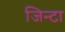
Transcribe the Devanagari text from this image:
जिन्टा